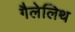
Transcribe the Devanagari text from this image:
गैलेलिथ